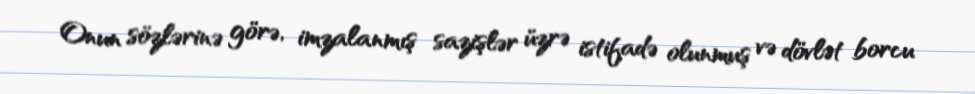
Onun sözlərinə görə, imzalanmış sazişlər üzrə istifadə olunmuş və dövlət borcu